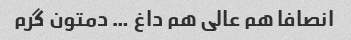
انصافا هم عالی هم داغ … دمتون گرم